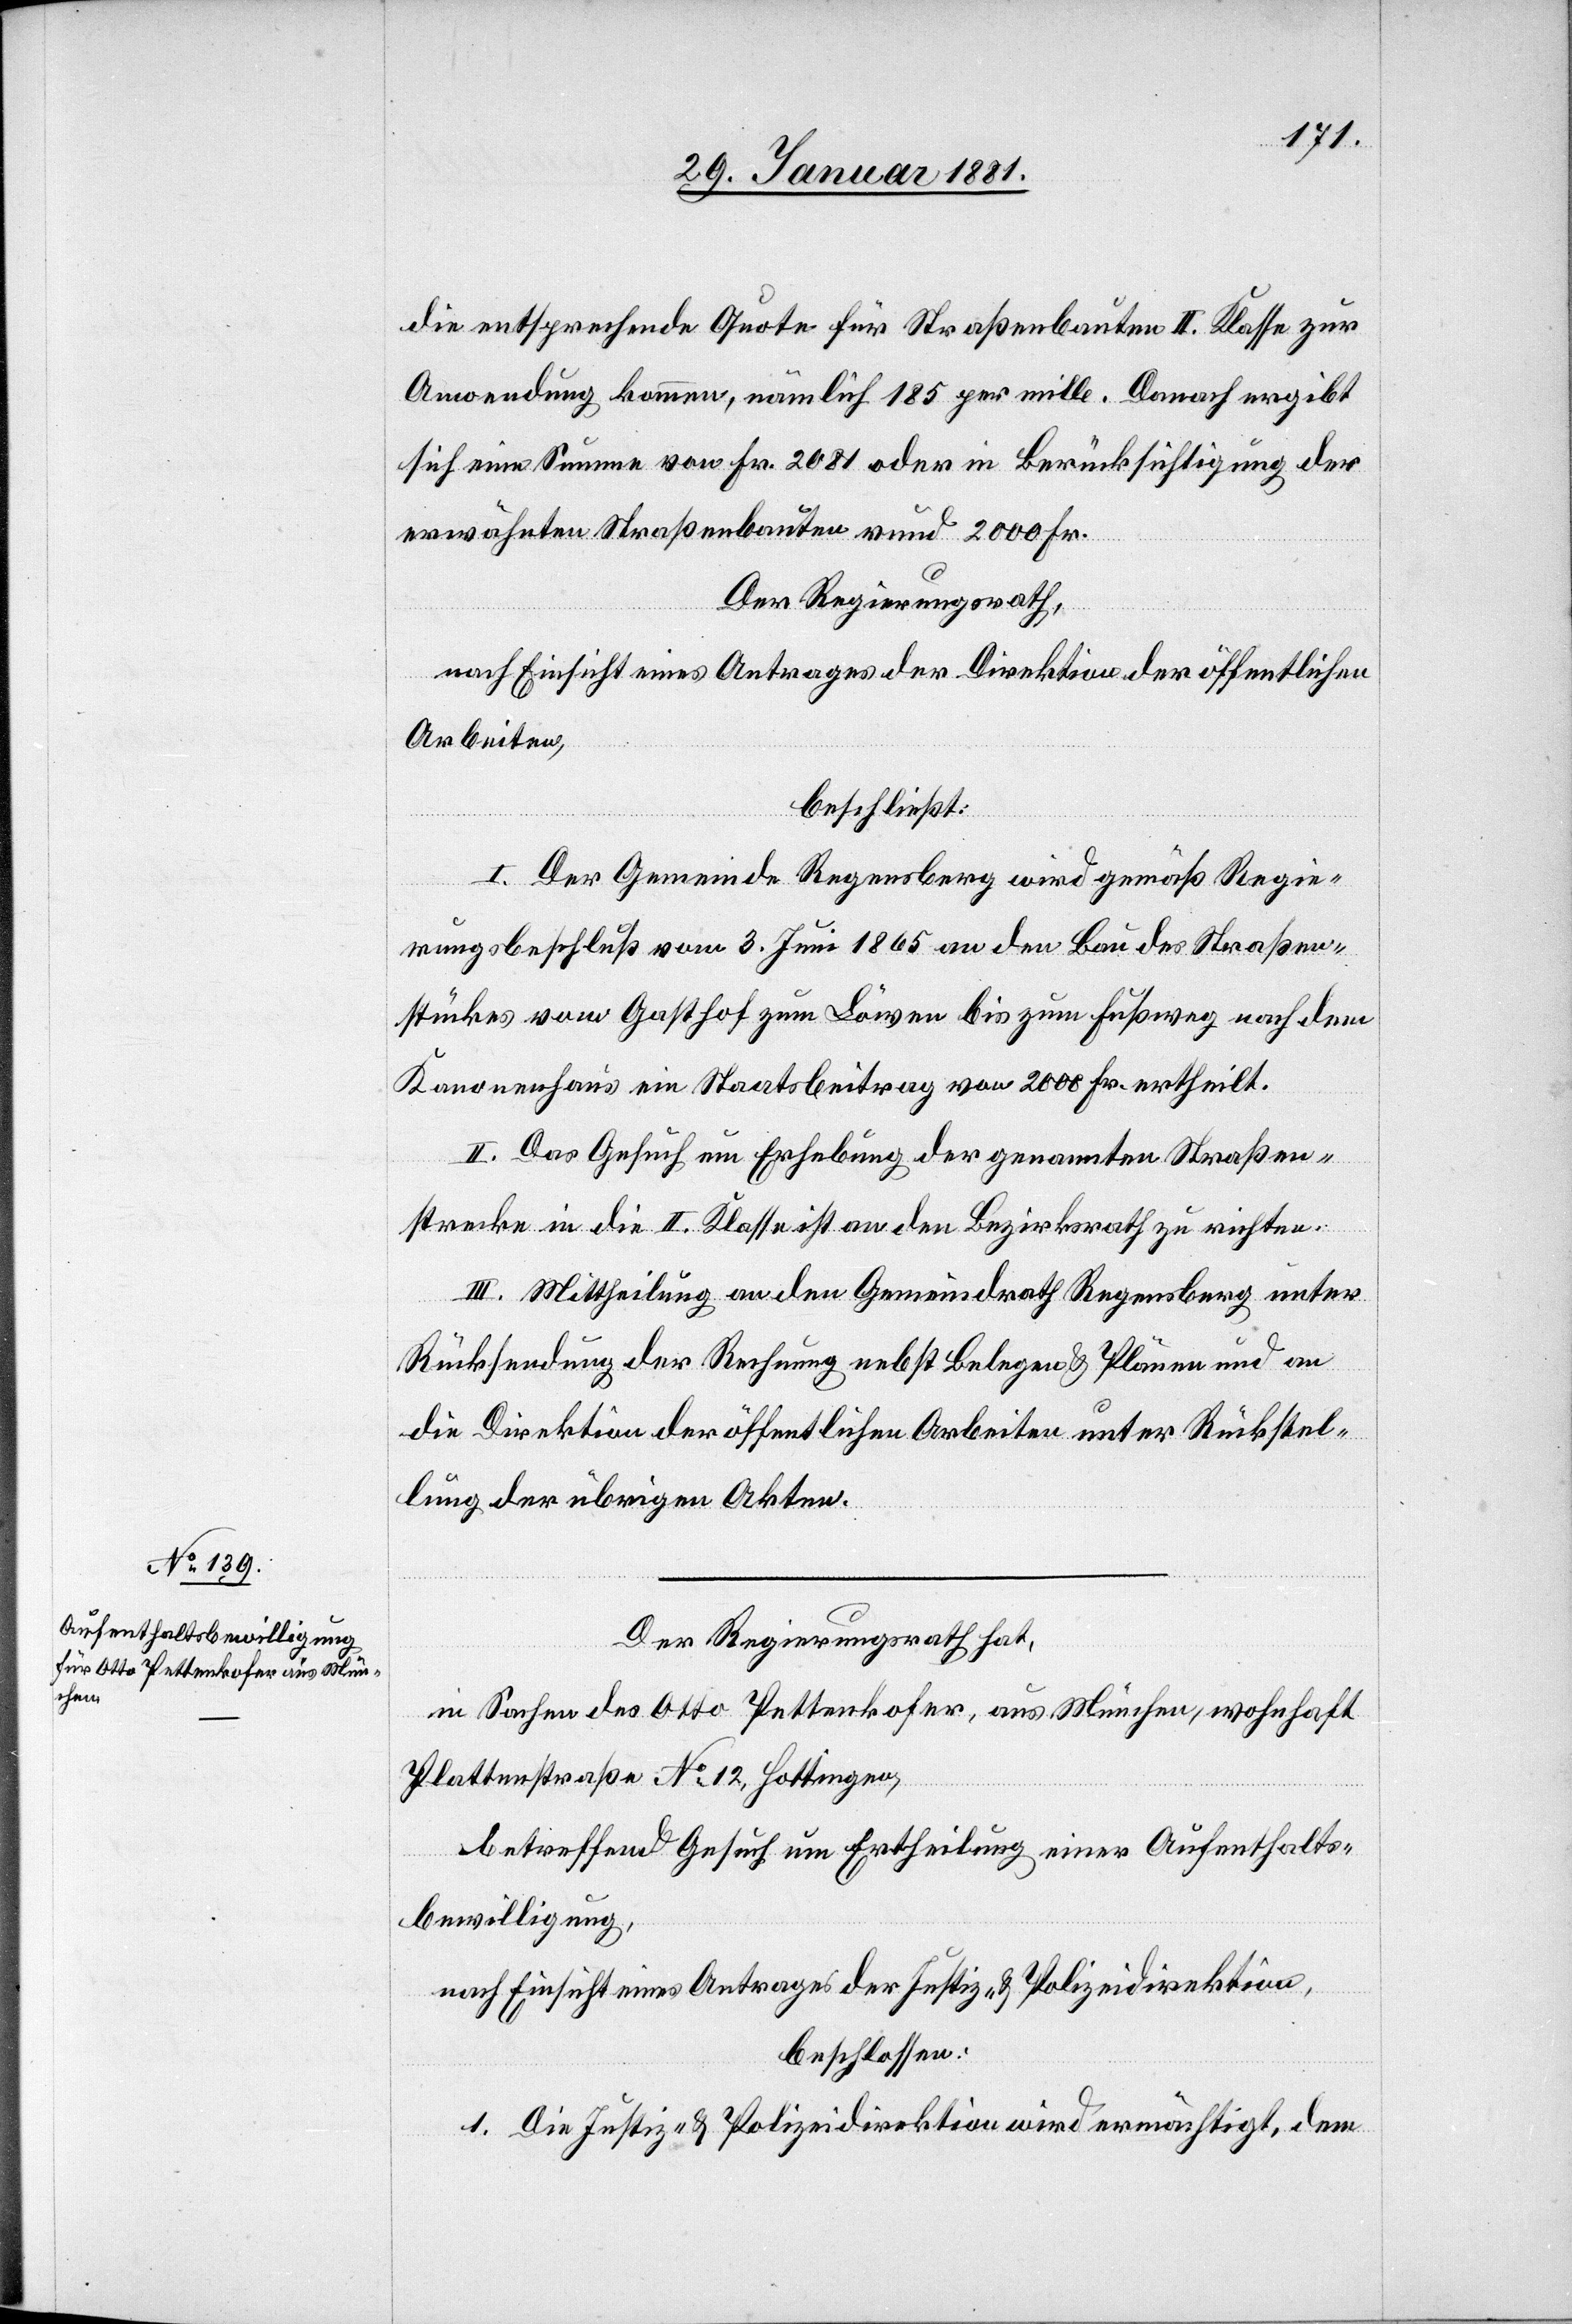
die entsprechende Quote für Straßenbauten II. Klasse zur
Anwendung kommen, nämlich 185 per mille. Danach ergibt
sich eine Summe von Fr. 2081 oder in Berücksichtigung der
erwähnten Straßenbauten rund 2000 Fr.
Der Regierungsrath,
nach Einsicht eines Antrages der Direktion der öffentlichen
Arbeiten,
beschließt:
I. Der Gemeinde Regensberg wird gemäß Regie¬
rungsbeschluß vom 3. Juni 1865 an den Bau des Straßen¬
stückes vom Gasthof zum Löwen bis zum Fußweg nach dem
Kanonenhaus ein Staatsbeitrag von 2000 Fr. ertheilt.
II. Das Gesuch um Erhebung der genannten Straßen¬
strecke in die II. Klasse ist an den Bezirksrath zu richten.
III. Mittheilung an den Gemeindrath Regensberg unter
Rücksendung der Rechnung nebst Belegen & Plänen und an
die Direktion der öffentlichen Arbeiten unter Rückstel¬
lung der übrigen Akten.
Der Regierungsrath hat,
in Sachen des Otto Pettenkofer, aus München, wohnhaft
Plattenstraße No 12 Hottingen,
betreffend Gesuch um Ertheilung einer Aufenthalts¬
bewilligung,
nach Einsicht eines Antrages der Justiz- & Polizeidirektion,
beschlossen:
1. Die Justiz- & Polizeidirektion wird ermächtigt, dem